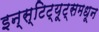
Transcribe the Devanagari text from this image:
इन्स्टिट्यूट्समधून